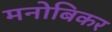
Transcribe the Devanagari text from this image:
मनोबिकर